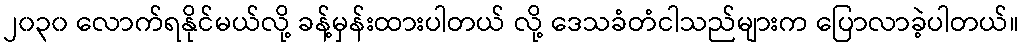
၂၀၃၀ လောက်ရနိုင်မယ်လို့ ခန့်မှန်းထားပါတယ် လို့ ဒေသခံတံငါသည်များက ပြောလာခဲ့ပါတယ်။